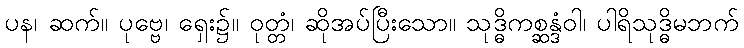
ပန၊ ဆက်။ ပုဗ္ဗေ၊ ရှေး၌။ ဝုတ္တံ၊ ဆိုအပ်ပြီးသော။ သုဒ္ဓိကစ္ဆန္ဒံဝါ၊ ပါရိသုဒ္ဓိမဘက်